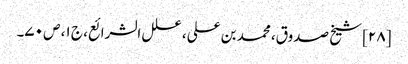
[۲۸] شیخ صدوق، محمد بن علی، علل الشرائع، ج ۱، ص ۷۰۔